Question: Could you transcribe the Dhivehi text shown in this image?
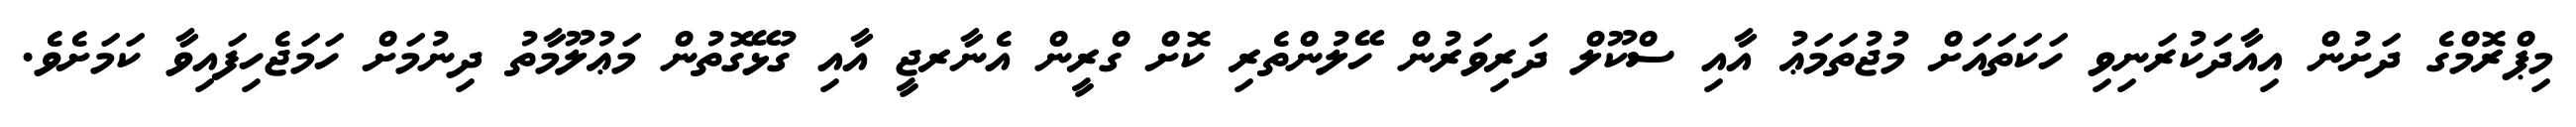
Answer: މިޕްރޮމްގެ ދަށުން އިއާދަކުރަނިވި ހަކަތައަށް މުޖުތަމަޢު އާއި ސްކޫލް ދަރިވަރުން ހޭލުންތެރި ކޮށް ގްރީން އެނާރޖީ އާއި ގުޅޭގޮތުން މަޢުލޫމާތު ދިނުމަށް ހަމަޖެހިފައިވާ ކަމަށެވެ.